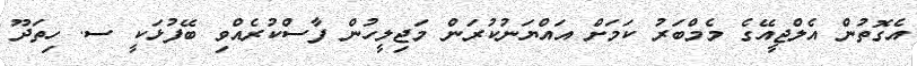
އެގޮތުން އެލްޖީއޭގެ މެމްބަރު ކަމަށް އައްޔަނުކުރަން މަޖިލީހުން ފާސްކުރެއްވި ބޭފުޅަކީ ސ. ހިތަދޫ